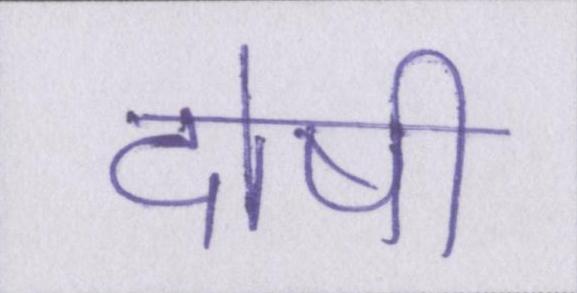
दोषी